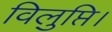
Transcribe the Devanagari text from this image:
विलुप्ति।